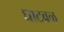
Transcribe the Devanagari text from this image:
घाटवळ